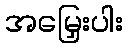
အမြှေးပါး